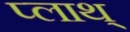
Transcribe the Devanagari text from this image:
प्लाथ्